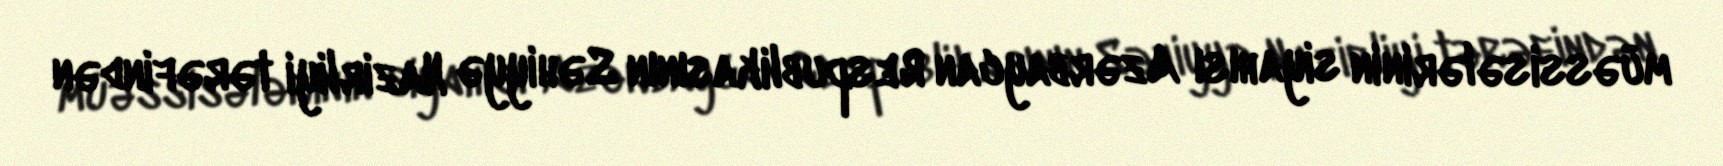
müəssisələrinin siyahısı Azərbaycan Respublikasının Səhiyyə Nazirliyi tərəfindən